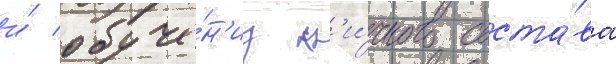
и́ обуче́н'иу л'и́чного соста́ва